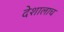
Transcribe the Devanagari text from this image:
देशालाच